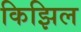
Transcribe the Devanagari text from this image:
किझिल